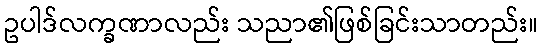
ဥပါဒ်လက္ခဏာလည်း သညာ၏ဖြစ်ခြင်းသာတည်း။